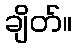
ချိတ်။